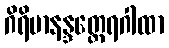
ဂိရိမာနန္ဒတ္ထေရဂါထာ